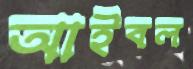
আইবল